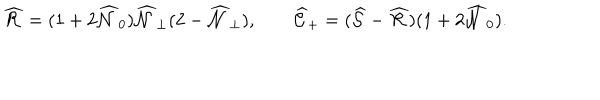
\widehat { \cal R } = ( 1 + 2 \widehat { \cal N } _ { 0 } ) \widehat { \cal N } _ { \perp } ( 2 - \widehat { \cal N } _ { \perp } ) , \qquad \widehat { \cal C } _ { + } = ( \widehat { \cal S } - \widehat { \cal R } ) ( 1 + 2 \widehat { \cal N } _ { 0 } ) .